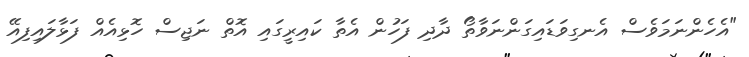
"އެހެންނަމަވެސް އެނގިވަޑައިގަންނަވާތޯ ދާދި ފަހުން އެތާ ކައިރީގައި އޮތް ނަޖިސް ހޮޅިއެއް ފަޅާލައިފިއޭ